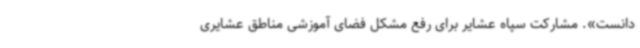
دانست». مشارکت سپاه عشایر برای رفع مشکل فضای آموزشی مناطق عشایری